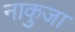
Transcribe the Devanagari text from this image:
नाकुजा